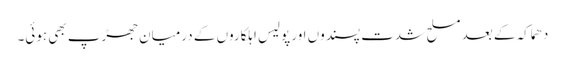
دھماکہ کے بعد مسلح شدت پسندوں اور پولیس اہلکاروں کے درمیان جھڑپ بھی ہوئی۔